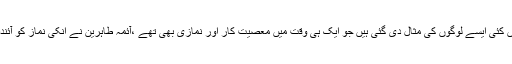
کیونکہ نماز روح ایمان کو تقویت بخشتی ہے ،متعدد احادیث میں کئی ایسے لوگوں کی مثال دی گئی ہیں جو ایک ہی وقت میں معصیت کار اور نمازی بھی تھے ،آئمہ طاہرین نے انکی نماز کو آئندہ زمانے میں اصلاح اور توبہ کی توفیق کا ذریعہ قرار دیا ہے ۔